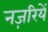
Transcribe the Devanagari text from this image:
नज़रियें